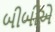
બીબીએ